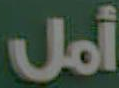
أمل